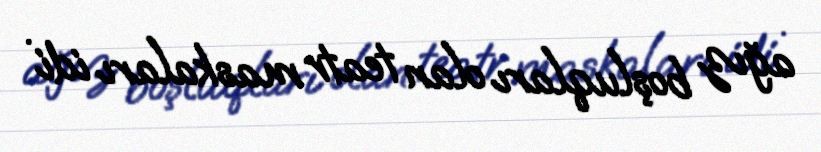
ağız boşluqları olan teatr maskaları idi .